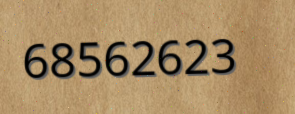
68562623